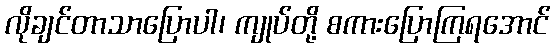
လိုချင်တာသာပြောပါ၊ ကျုပ်တို့ စကားပြောကြရအောင်